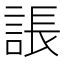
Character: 䛫